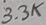
Text: 3.3K